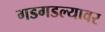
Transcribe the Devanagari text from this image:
गडगडल्यावर